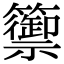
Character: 籞